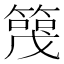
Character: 𬕪